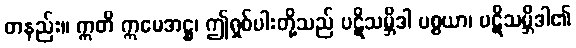
တနည်း။ ဣတိ ဣမေအဋ္ဌ၊ ဤရှစ်ပါးတို့သည် ပဋိသမ္ဘိဒါ ပစ္စယာ၊ ပဋိသမ္ဘိဒါ၏